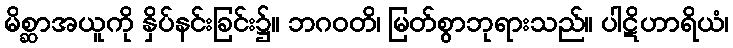
မိစ္ဆာအယူကို နှိပ်နင်းခြင်း၌။ ဘဂဝတိ၊ မြတ်စွာဘုရားသည်။ ပါဋိဟာရိယံ၊